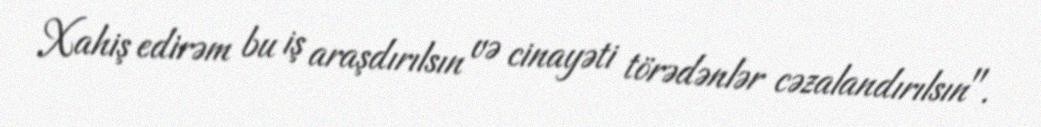
Xahiş edirəm bu iş araşdırılsın və cinayəti törədənlər cəzalandırılsın".